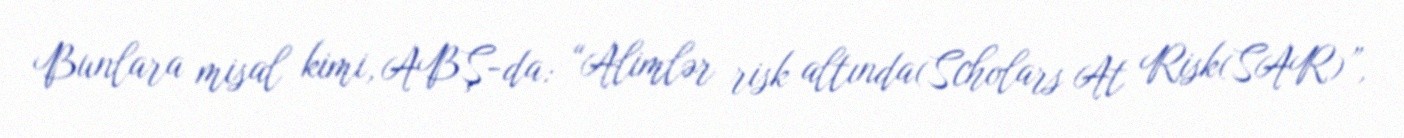
Bunlara misal kimi, ABŞ-da: “Alimlər risk altında(Scholars At Risk(SAR)”,